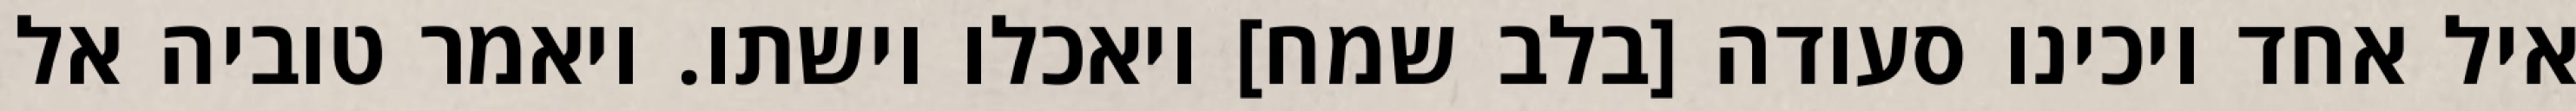
איל אחד ויכינו סעודה [בלב שמח] ויאכלו וישתו. ויאמר טוביה אל